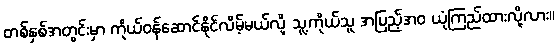
တစ်နှစ်အတွင်းမှာ ကိုယ်ဝန်ဆောင်နိုင်လိမ့်မယ်လို့ သူ့ကိုယ်သူ အပြည့်အဝ ယုံကြည်ထားလို့လား။